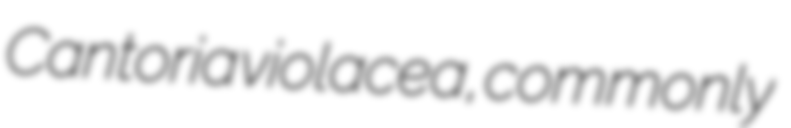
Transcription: Cantoria violacea, commonly